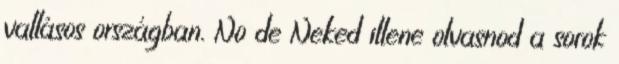
vallásos országban. No de Neked illene olvasnod a sorok